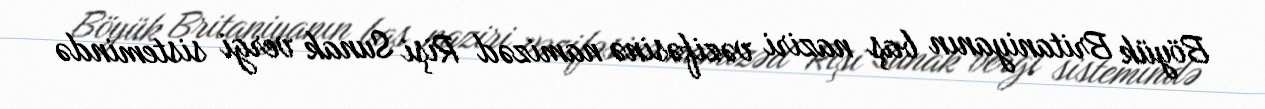
Böyük Britaniyanın baş naziri vəzifəsinə namizəd Rişi Sunak vergi sistemində